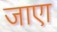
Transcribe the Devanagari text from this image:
जाएा